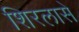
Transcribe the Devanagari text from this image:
शिरलासे